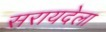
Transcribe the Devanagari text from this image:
सरायदेला